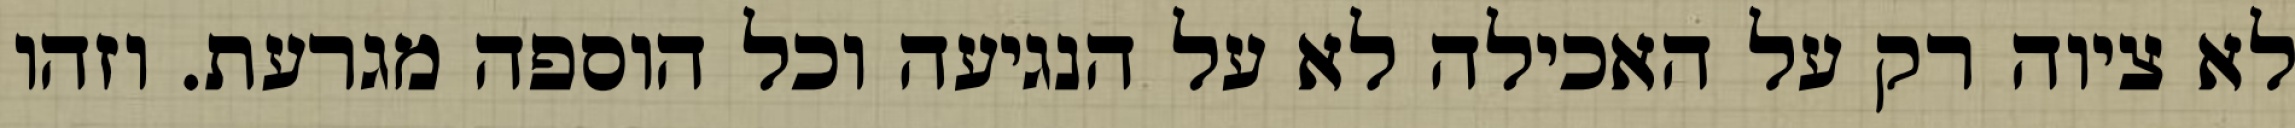
לא ציוה רק על האכילה לא על הנגיעה וכל הוספה מגרעת. וזהו